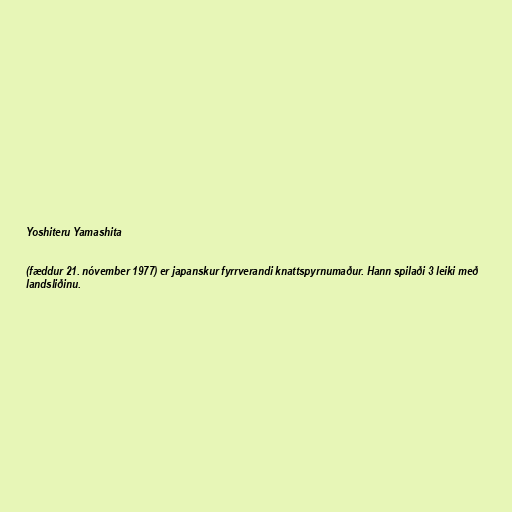
Yoshiteru Yamashita

(fæddur 21. nóvember 1977) er japanskur fyrrverandi knattspyrnumaður. Hann spilaði 3 leiki með
landsliðinu.